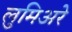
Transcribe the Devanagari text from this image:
लुमिअरे